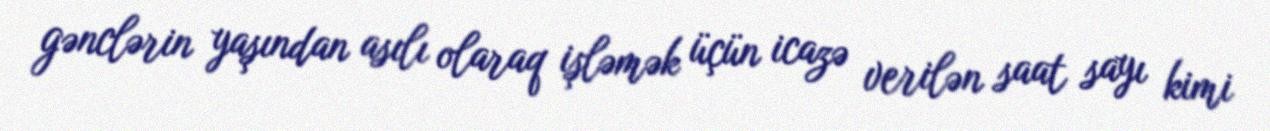
gənclərin yaşından asılı olaraq işləmək üçün icazə verilən saat sayı kimi